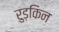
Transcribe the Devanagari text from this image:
रुड़किन